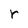
Character: r